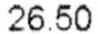
26.50